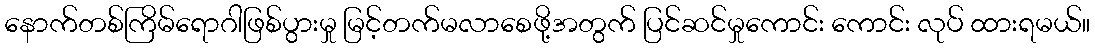
နောက်တစ်ကြိမ်ရောဂါဖြစ်ပွားမှု မြင့်တက်မလာစေဖို့အတွက် ပြင်ဆင်မှုကောင်း ကောင်း လုပ် ထားရမယ်။